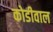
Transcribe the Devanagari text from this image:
कोडीवाल